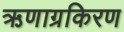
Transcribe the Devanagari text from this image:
ऋणाग्रकिरण